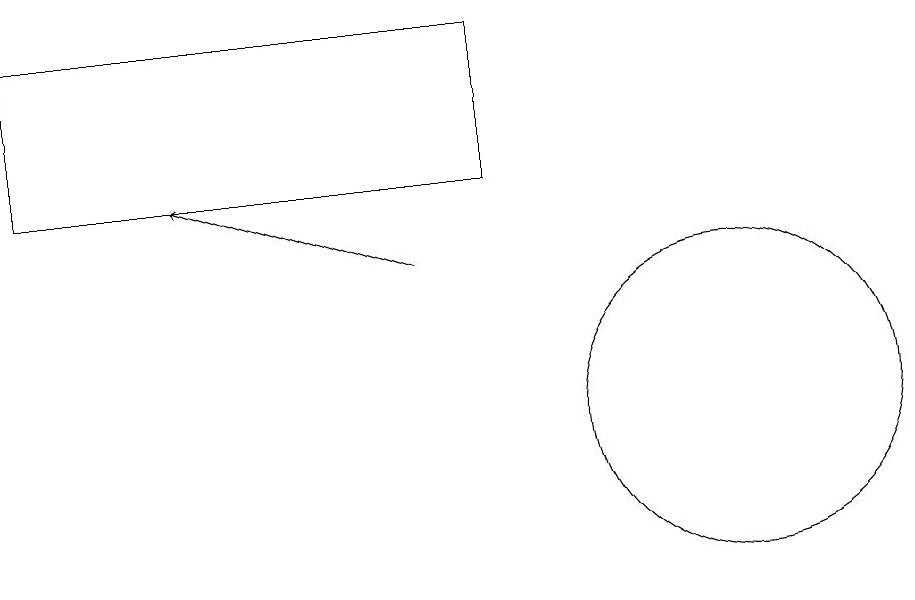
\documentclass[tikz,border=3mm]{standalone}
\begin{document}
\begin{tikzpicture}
\draw[->] (6,13) -- (3,14);
\draw (10,11) circle (2);
\draw (7,14) rectangle (1,16);
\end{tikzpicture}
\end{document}